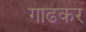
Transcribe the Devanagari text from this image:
गाढकर